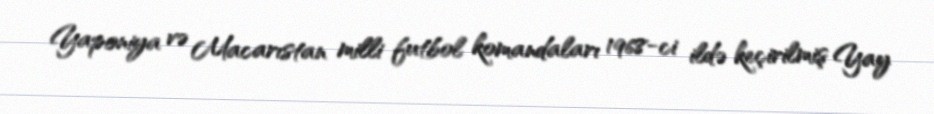
Yaponiya və Macarıstan milli futbol komandaları 1968-ci ildə keçirilmiş Yay